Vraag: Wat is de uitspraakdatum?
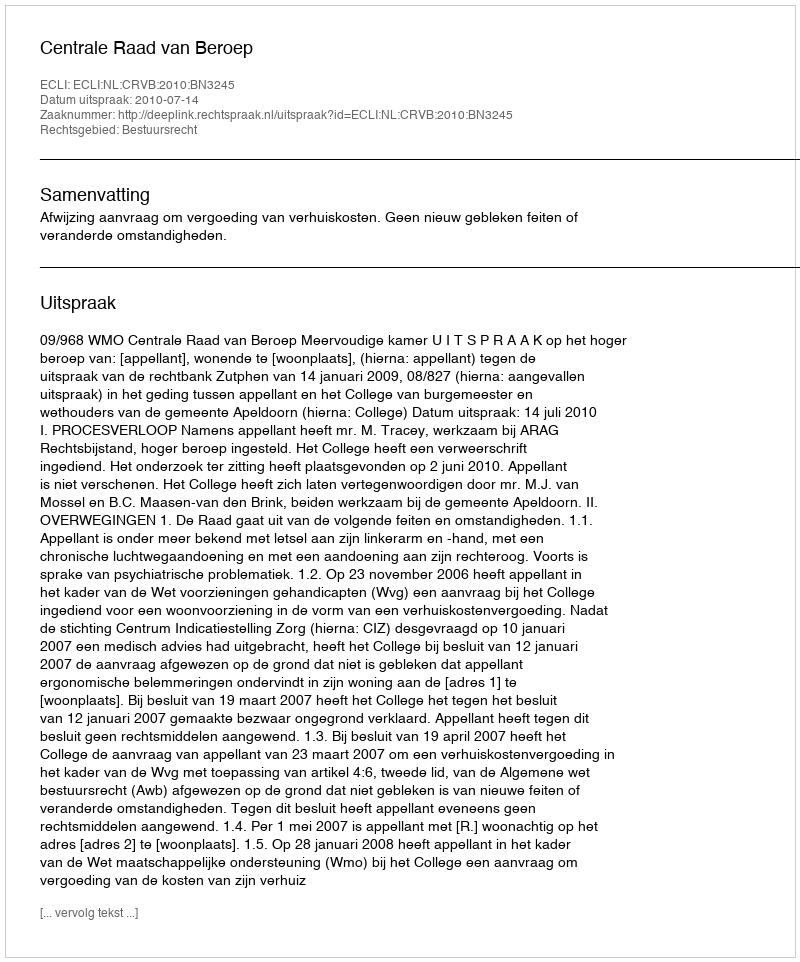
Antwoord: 2010-07-14